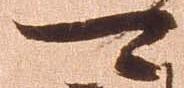
可